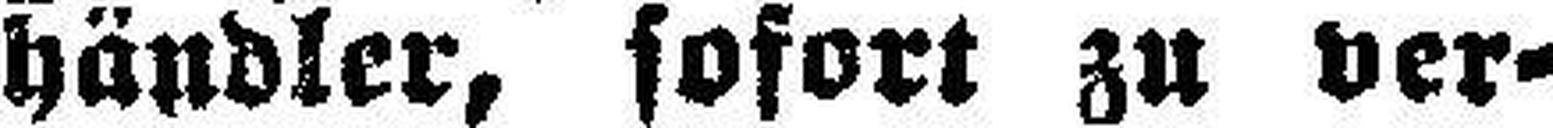
händler, sofort zu ver¬